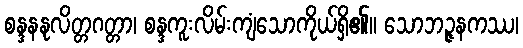
စန္ဒနနုလိတ္တဂတ္တာ၊ စန္ဒကူးလိမ်းကျံသောကိုယ်ရှိ၏။ သောဘဉ္ဇနကဿ၊